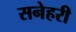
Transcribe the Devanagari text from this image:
सनेहरी